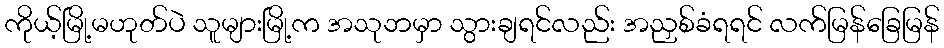
ကိုယ့်မြို့မဟုတ်ပဲ သူများမြို့က အသုဘမှာ သွားချရင်လည်း အညှစ်ခံရရင် လက်မြန်ခြေမြန်